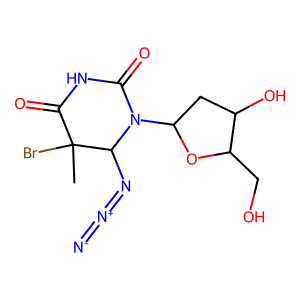
SMILES: CC1(Br)C(=O)NC(=O)N(C2CC(O)C(CO)O2)C1N=[N+]=[N-]
Inhibits HIV replication: Yes